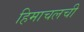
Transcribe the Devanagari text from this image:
हिमाचलची